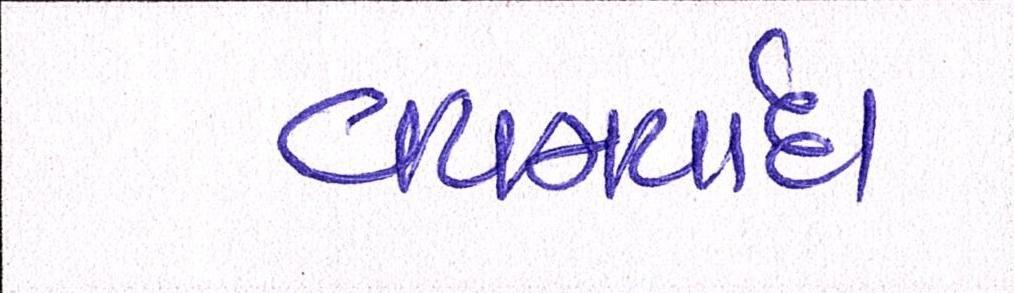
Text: વયમર્યાદા